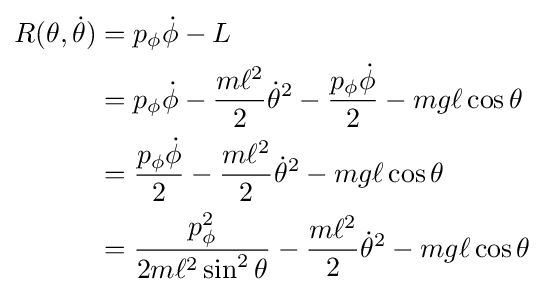
{\begin{aligned}R(\theta ,{\dot {\theta }})&=p_{\phi }{\dot {\phi }}-L\\&=p_{\phi }{\dot {\phi }}-{\frac {m\ell ^{2}}{2}}{\dot {\theta }}^{2}-{\frac {p_{\phi }{\dot {\phi }}}{2}}-mg\ell \cos \theta \\&={\frac {p_{\phi }{\dot {\phi }}}{2}}-{\frac {m\ell ^{2}}{2}}{\dot {\theta }}^{2}-mg\ell \cos \theta \\&={\frac {p_{\phi }^{2}}{2m\ell ^{2}\sin ^{2}\theta }}-{\frac {m\ell ^{2}}{2}}{\dot {\theta }}^{2}-mg\ell \cos \theta \end{aligned}}